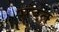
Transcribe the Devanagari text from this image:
सडत